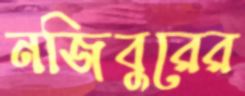
নজিবুরের